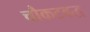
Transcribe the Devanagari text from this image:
चौकटबद्ध